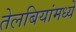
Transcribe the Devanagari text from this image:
तेलबियांमध्ये